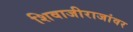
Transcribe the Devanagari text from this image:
शिवाजीराजांवर